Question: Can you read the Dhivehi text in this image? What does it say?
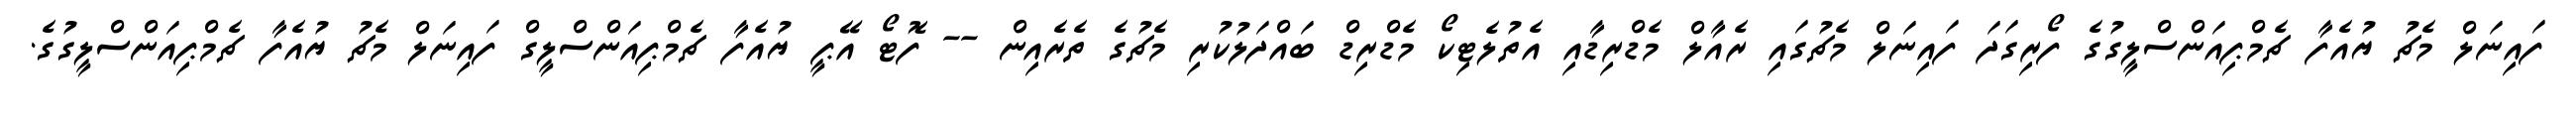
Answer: ފައިނަލް މެޗު ޔުއެފާ ޗެމްޕިއަންސްލީގުގެ ފޯރިގަދަ ފައިނަލް މެޗުގައި ރެއާލް މެޑްރިޑާއި އެތުލެޓިކޯ މެޑްރިޑް ބައްދަލުކުރި މެޗުގެ ތެރެއިން -- ފޮޓޯ އޭޕީ ޔުއެފާ ޗެމްޕިއަންސްލީގް ފައިނަލް މެޗު ޔުއެފާ ޗެމްޕިއަންސްލީގުގެ.